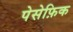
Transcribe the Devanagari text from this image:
पेसेफ़िक